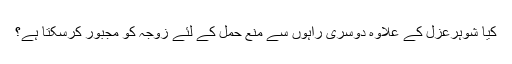
کيا شوہرعزل کے علاوہ دوسرى راہوں سے منع حمل کے لئے زوجہ کو مجبور کرسکتا ہے؟